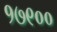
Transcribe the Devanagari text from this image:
१७९००